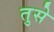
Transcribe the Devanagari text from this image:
तुसे